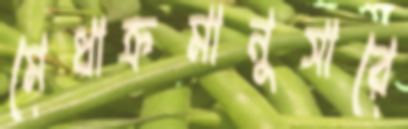
মেধাক্রমানুসারে